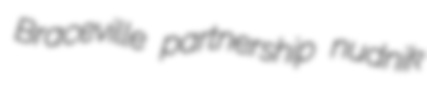
Braceville partnership nudnik